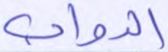
الدواب